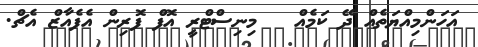
އަހަންމިއްޔަތެއް ދޭ ކަމެއް   މިނިސްޓްރީ އޮފް ފޮރިން އެފެއާޒް އެޗް.